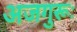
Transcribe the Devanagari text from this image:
अजगुरूः